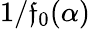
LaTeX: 1/\mathfrak{f}_{0}(\alpha)